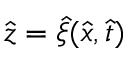
\hat { z } = \hat { \xi } ( \hat { x } , \hat { t } )